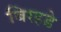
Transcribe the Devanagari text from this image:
बिरहडे